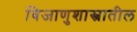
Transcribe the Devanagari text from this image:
विजाणुशास्त्रातील